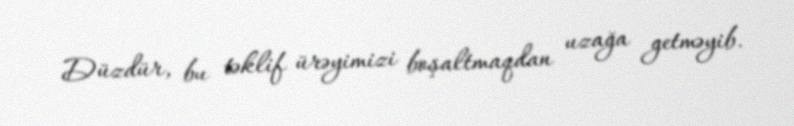
Düzdür, bu təklif ürəyimizi boşaltmaqdan uzağa getməyib.